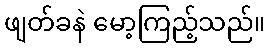
ဖျတ်ခနဲ မော့ကြည့်သည်။